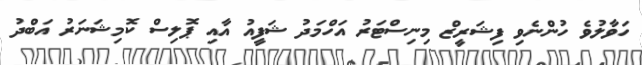
ހަވާލުވެ ހުންނެވި ފިޝަރީޒް މިނިސްޓަރު އަހްމަދު ޝަފީއު އާއި ޕޮލިސް ކޮމިޝަނަރު އަބްދު